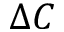
\Delta C